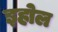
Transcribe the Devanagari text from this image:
इहोल